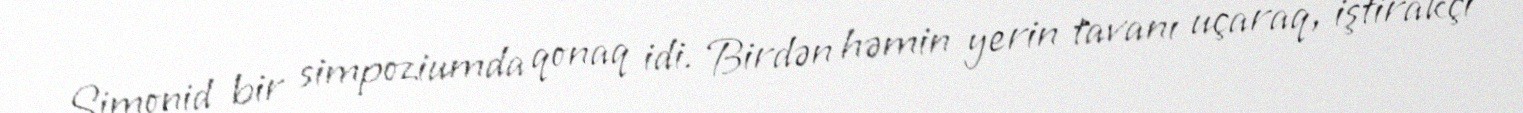
Simonid bir simpoziumda qonaq idi. Birdən həmin yerin tavanı uçaraq, iştirakçı